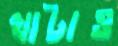
খাটাও